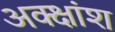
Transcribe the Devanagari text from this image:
अक्क्षांश